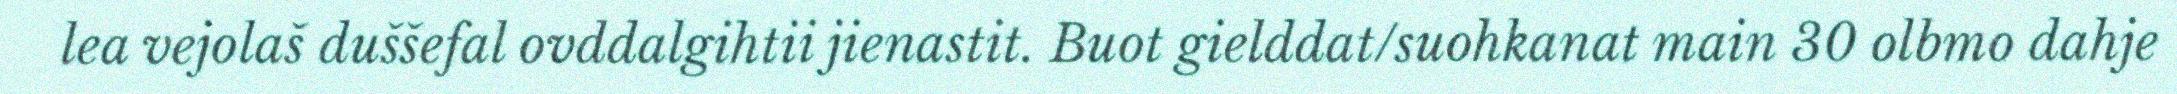
lea vejolaš duššefal ovddalgihtii jienastit. Buot gielddat/suohkanat main 30 olbmo dahje